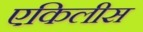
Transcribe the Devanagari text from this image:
एकिलीस